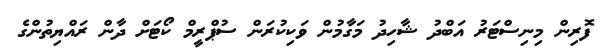
ފޮރިން މިނިސްޓަރު އަބްދު ޝާހިދު މަގާމުން ވަކިކުރަން ސުޕްރީމް ކޯޓަށް ދާން ރައްޔިތުންގެ